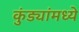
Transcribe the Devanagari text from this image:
कुंड्यांमध्ये